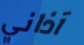
آذاني